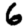
Digit: 6